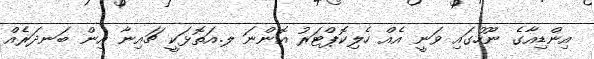
އިންޑިއާގެ ނޫހުގައި ވަނީ އެއް ހެލިކޮޕްޓަރު އޮންނަ ލ.އަތޮޅަކީ ޗައިނާ އިން ބަނދަރެއް